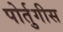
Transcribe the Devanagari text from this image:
पोर्तुगीस